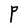
Character: P